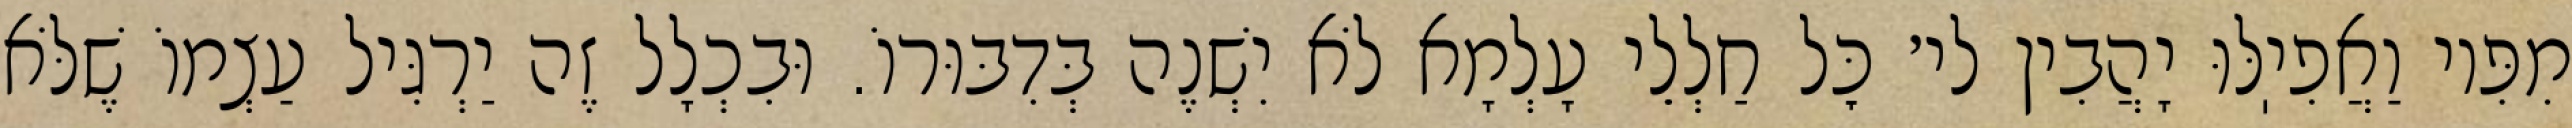
מִפִּיו וַאֲפִיֽלּוּ יָהֲבִין לי׳ כׇּל חַלְלֵי עָלְמָא לֹא יִשְׁנֶה בְּדִבּוּרוֹ. וּבִכְלָל זֶה יַרְגִּיל עַצְמוֹ שֶׁלֹּא